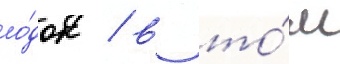
ло́док / в то́м